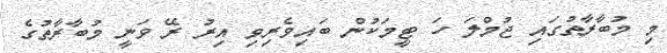
މި މުބާރާތުގައި ޖުމްލަ ހަ ޓީމަކުން ބައިވެރިވި އިރު ރޭ ވަނީ މުބާރާތުގެ